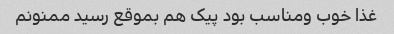
غذا خوب ومناسب بود پیک هم بموقع رسید ممنونم